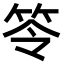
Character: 笭